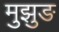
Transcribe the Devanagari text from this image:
मुझुङ